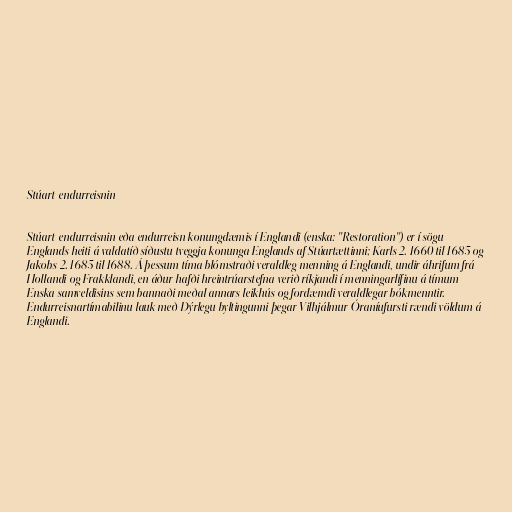
Stúart-endurreisnin

Stúart-endurreisnin eða endurreisn konungdæmis í Englandi (enska: "Restoration") er í sögu
Englands heiti á valdatíð síðustu tveggja konunga Englands af Stúartættinni; Karls 2. 1660 til 1685 og
Jakobs 2. 1685 til 1688. Á þessum tíma blómstraði veraldleg menning á Englandi, undir áhrifum frá
Hollandi og Frakklandi, en áður hafði hreintrúarstefna verið ríkjandi í menningarlífinu á tímum
Enska samveldisins sem bannaði meðal annars leikhús og fordæmdi veraldlegar bókmenntir.
Endurreisnartímabilinu lauk með Dýrlegu byltingunni þegar Vilhjálmur Óraníufursti rændi völdum á
Englandi.